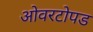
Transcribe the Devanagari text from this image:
ओवरटोपड